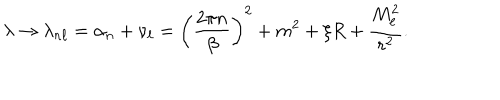
LaTeX: \lambda \rightarrow \lambda _ { n \ell } = \alpha _ { n } + \nu _ { \ell } = \left( \frac { 2 \pi n } { \beta } \right) ^ { 2 } + m ^ { 2 } + \xi R + \frac { M _ { \ell } ^ { 2 } } { r ^ { 2 } } .